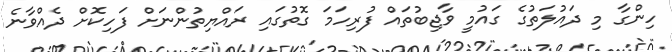
ހިންގާ މި ދައުލަތުގެ ގައުމީ ވާޖިބުތައް ފުރިހަމަ ގޮތުގައި ރައްޔިތުންނަށް ފަހިކޮށް ދެއްވާނެ